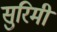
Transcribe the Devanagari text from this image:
सुरिमी